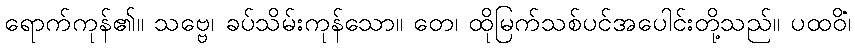
ရောက်ကုန်၏။ သဗ္ဗေ၊ ခပ်သိမ်းကုန်သော။ တေ၊ ထိုမြက်သစ်ပင်အပေါင်းတို့သည်။ ပထဝိံ၊